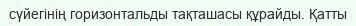
сүйегінің горизонтальды тақташасы құрайды. Қатты